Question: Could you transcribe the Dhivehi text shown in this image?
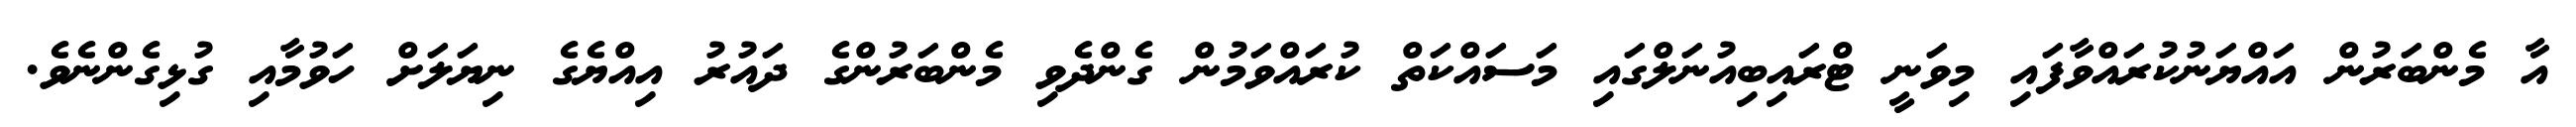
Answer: އާ މެންބަރުން އައްޔަނުކުރައްވާފައި މިވަނީ ޓްރައިބިއުނަލްގައި މަސައްކަތް ކުރައްވަމުން ގެންދެވި މެންބަރުންގެ ދައުރު އިއްޔެގެ ނިޔަލަށް ހަވުމާއި ގުޅިގެންނެވެ.